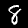
Digit: 8